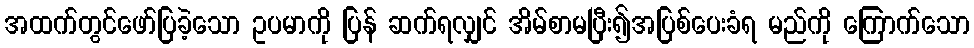
အထက်တွင်ဖော်ပြခဲ့သော ဥပမာကို ပြန် ဆက်ရလျှင် အိမ်စာမပြီး၍အပြစ်ပေးခံရ မည်ကို ကြောက်သော